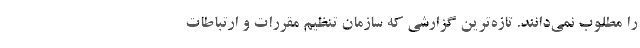
را مطلوب نمی‌دانند. تازه‌ترین گزارشی که سازمان تنظیم مقررات و ارتباطات